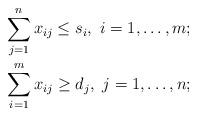
LaTeX: \begin{align*}\sum_{j=1}^n x_{ij}\leq s_i,~i=1,\dots,m;\\\sum_{i=1}^m x_{ij}\geq d_j,~j=1,\dots,n;\\ \end{align*}